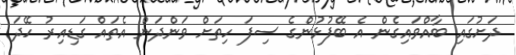
ދަށުގައި ބާއްވައިގެން އެ ބޭފުޅުންގެ ސިފަ ހިތަށް ވަންދަން އެތައް ގަޑިއިރު ހޭދަ